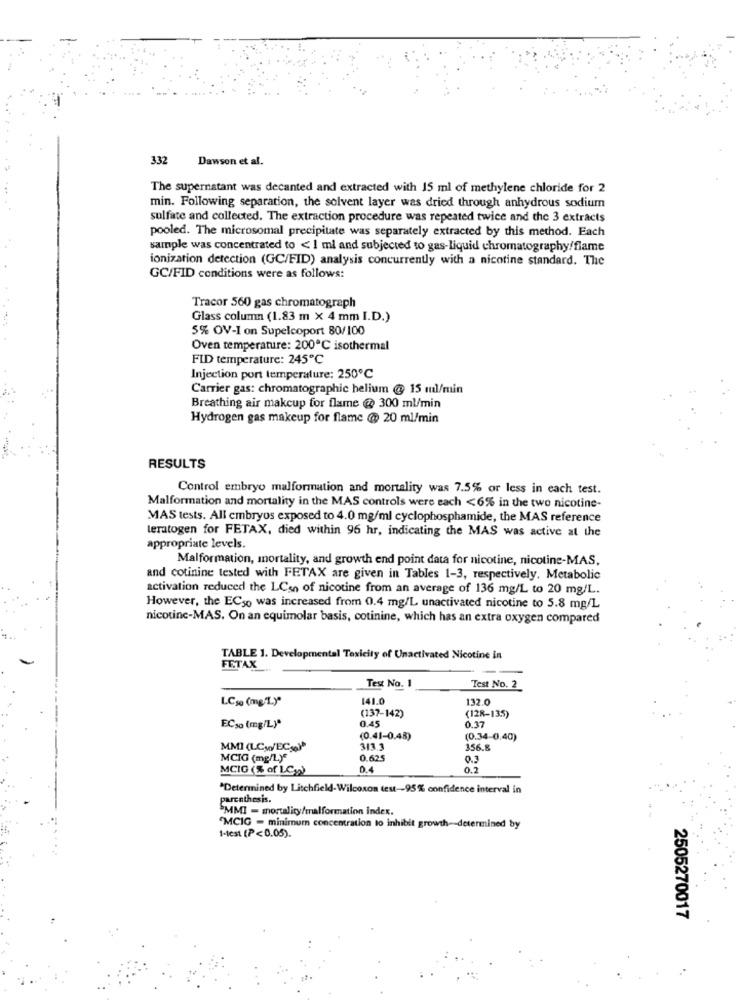
332
Dawson et al.
The supernatant was decanted and extracted with 15 ml of methylene chloride for 2
min. Following separation, the solvent layer was dried through anhydrous sodium
sulfate and collected. The extraction procedure was repeated twice and the 3 extracts
pooled. The microsomal precipitate was separately extracted by this method. Each
sample was concentrated to < 1 ml and subjected to gas-liquid chromatography/flame
ionization detection (GC/FID) analysis concurrently with a nicotine standard. The
GC/FID conditions were as follows:
Tracor 560 gas chromatograph
Glass column (1.83 m × 4 mm I.D.)
5% OV-1 on Supelcoport 80/100
Oven temperature: 200℃ isothermal
FLD temperature: 245℃
Injection port temperature: 250℃
Carrier gas: chromatographic helium @ 15 ml/min
Breathing air makeup for flame @ 300 ml/min
Hydrogen gas makeup for flame @ 20 ml/min
RESULTS
Control embryo malformation and mortality was 7.5% or less in each test.
Malformation and mortality in the MAS controls were each <6% in the two nicotine-
MAS tests. All embryos exposed to 4.0 mg/ml cyclophosphamide, the MAS reference
leratogen for FETAX, died within 96 hr, indicating the MAS was active at the
appropriate levels.
Malformation, mortality, and growth end point data for nicotine, nicotine-MAS.
and cotinine tested with FETAX are given in Tables 1-3, respectively. Metabolic
activation reduced the LCso of nicotine from an average of 136 mg/L to 20 mg/L.
However, the ECso was increased from 0.4 mg/L unactivated nicotine to 5.8 mg/L
nicotine-MAS. On an equimolar basis, cotinine, which has an extra oxygen compared
TABLE 1. Developmental Toxicity of Unactivated Nicotine in
FETAX
Text No. 1
Test No. 2
LCso (mg/L)"
141.0
132.0
(137-142)
0.45
(128-13.5)
0.37
EC30 (mg/L)*
(0.41-0.48)
(0.34-0,40)
MMI (LCW/EC30)
313.1
156.8
MCIG (mg/L)*
0.62
0.3
MCIG (% of LC,)
0.4
0.2
*Determined by Litchfield-Wilcoxon test-95% confidence interval in
parenthesis.
"MMI - mortality/malformation index.
1-test (P<0.05).
"MCIG - minimum concentration to inhibit growth -- determined by
2505270017